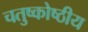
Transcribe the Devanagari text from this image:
चतुष्कोष्ठीय